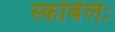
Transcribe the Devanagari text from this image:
स्कोबेलः